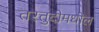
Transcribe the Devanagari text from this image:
तरतुदीमधील